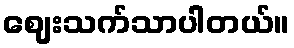
ဈေးသက်သာပါတယ်။